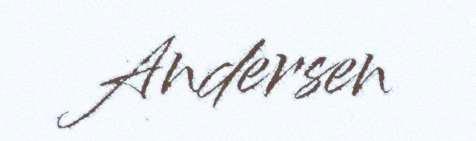
Andersen